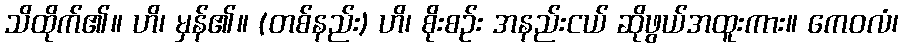
သိထိုက်၏။ ဟိ၊ မှန်၏။ (တစ်နည်း) ဟိ၊ စိုးစဉ်း အနည်းငယ် ဆိုဖွယ်အထူးကား။ ကေဝလံ၊